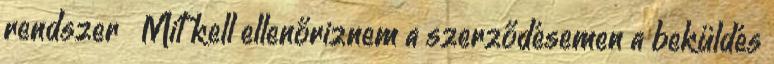
rendszer ▸ Mit kell ellenőriznem a szerződésemen a beküldés